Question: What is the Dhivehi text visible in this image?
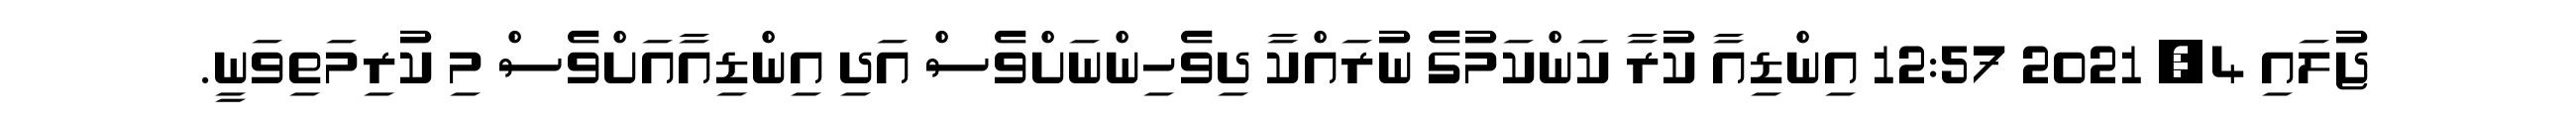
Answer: ޖުލައި 4, 2021 12:57 އިންޑިއާ ކުރާ ކަންކަމުގެ ނުރައްކާ ދިވެހިންނަށްވެސް އަދި އިންޑިއާއަށްވެސް މި ކުރިމަތިވަނީ.